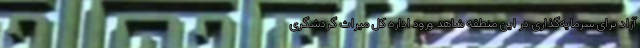
آزاد برای سرمایه‌گذاری در این منطقه شاهد ورود اداره کل میراث گردشگری